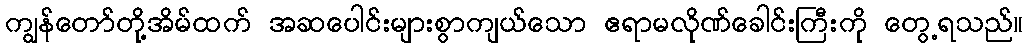
ကျွန်တော်တို့အိမ်ထက် အဆပေါင်းများစွာကျယ်သော ဧရာမလိုဏ်ခေါင်းကြီးကို တွေ့ရသည်။